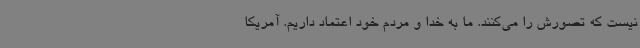
نیست که تصورش را می‌کنند. ما به خدا و مردم خود اعتماد داریم. آمریکا